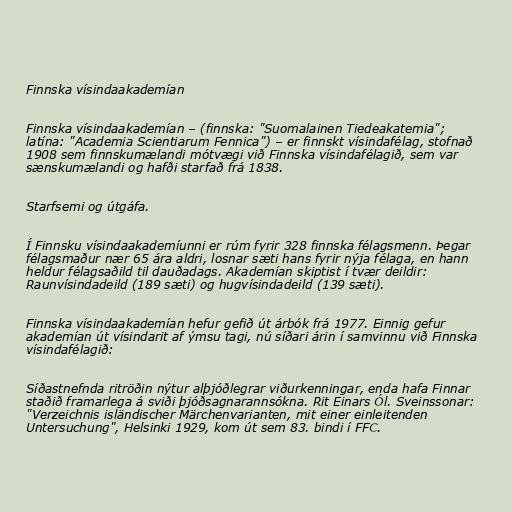
Finnska vísindaakademían

Finnska vísindaakademían – (finnska: "Suomalainen Tiedeakatemia";
latína: "Academia Scientiarum Fennica") – er finnskt vísindafélag, stofnað
1908 sem finnskumælandi mótvægi við Finnska vísindafélagið, sem var
sænskumælandi og hafði starfað frá 1838.

Starfsemi og útgáfa.

Í Finnsku vísindaakademíunni er rúm fyrir 328 finnska félagsmenn. Þegar
félagsmaður nær 65 ára aldri, losnar sæti hans fyrir nýja félaga, en hann
heldur félagsaðild til dauðadags. Akademían skiptist í tvær deildir:
Raunvísindadeild (189 sæti) og hugvísindadeild (139 sæti).

Finnska vísindaakademían hefur gefið út árbók frá 1977. Einnig gefur
akademían út vísindarit af ýmsu tagi, nú síðari árin í samvinnu við Finnska
vísindafélagið:

Síðastnefnda ritröðin nýtur alþjóðlegrar viðurkenningar, enda hafa Finnar
staðið framarlega á sviði þjóðsagnarannsókna. Rit Einars Ól. Sveinssonar:
"Verzeichnis isländischer Märchenvarianten, mit einer einleitenden
Untersuchung", Helsinki 1929, kom út sem 83. bindi í FFC.